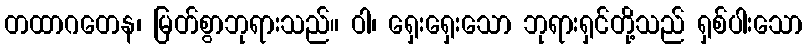
တထာဂတေန၊ မြတ်စွာဘုရားသည်။ ဝါ၊ ရှေးရှေးသော ဘုရားရှင်တို့သည် ရှစ်ပါးသော